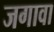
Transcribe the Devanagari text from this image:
जगावा